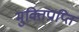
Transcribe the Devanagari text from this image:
मुक्तिप्राप्ति